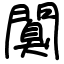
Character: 𨶑